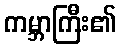
ကမ္ဘာကြီး၏